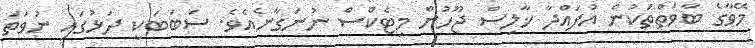
މޭވާގެ ބާވަތްތަކުން އުފައްދާ ޚާލިސް ޖޫހުން މިޓެކްސް ނުނަގާނެއެވެ. ސަބަބަކީ ދަޅުގައި ނުވަތަ